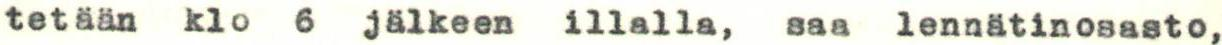
tetään klo 6 jälkeen illalla, saa lennätinosasto,